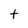
Character: t